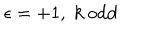
\epsilon = + 1 , \; k \mathrm { ~ o d d }